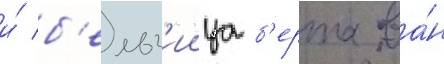
и́ б'ельг'иица б'ерта ва́н